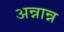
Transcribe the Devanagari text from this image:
अन्नान्न